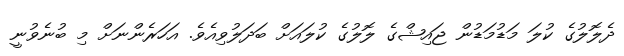
ދެލޮލުގެ ކުލަ މަޑުމަޑުން ޖައިޝްގެ ލޮލުގެ ކުލައަށް ބަދަލުވިއެވެ. އަހަރެންނަށް މި ބުނެވުނީ